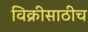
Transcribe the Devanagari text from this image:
विक्रीसाठीच